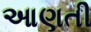
આણતી